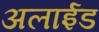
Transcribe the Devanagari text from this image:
अलाईड